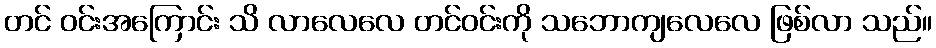
တင် ဝင်းအကြောင်း သိ လာလေလေ တင်ဝင်းကို သဘောကျလေလေ ဖြစ်လာ သည်။